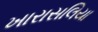
ખારાસલિયા